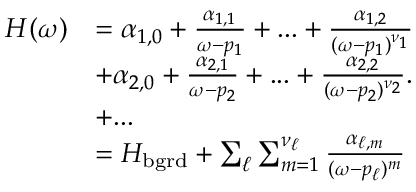
\begin{array} { r } { \begin{array} { r l } { H ( \omega ) } & { = \alpha _ { 1 , 0 } + \frac { \alpha _ { 1 , 1 } } { \omega - p _ { 1 } } + . . . + \frac { \alpha _ { 1 , 2 } } { ( \omega - p _ { 1 } ) ^ { \nu _ { 1 } } } } \\ & { + \alpha _ { 2 , 0 } + \frac { \alpha _ { 2 , 1 } } { \omega - p _ { 2 } } + . . . + \frac { \alpha _ { 2 , 2 } } { ( \omega - p _ { 2 } ) ^ { \nu _ { 2 } } } . } \\ & { + . . . } \\ & { = H _ { \mathrm { b g r d } } + \sum _ { \ell } \sum _ { m = 1 } ^ { \nu _ { \ell } } \frac { \alpha _ { \ell , m } } { ( \omega - p _ { \ell } ) ^ { m } } } \end{array} } \end{array}